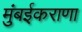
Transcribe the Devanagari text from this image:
मुंबईकराणा